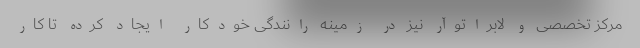
مرکز تخصصی و لابراتوآر نیز در زمینه رانندگی خودکار ایجاد کرده تا کار